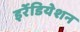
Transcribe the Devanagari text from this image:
इर्रेडियेशन